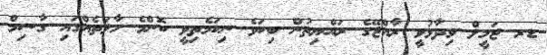
ޑރ ޖަމީލް ވިދާޅުވީ ރާއްޖޭގެ ރައްޔިތުން ބިކަވެ ނިކަމެތިވީ ކޮންމެ ހާލަތެއްގައި ގާސިމް